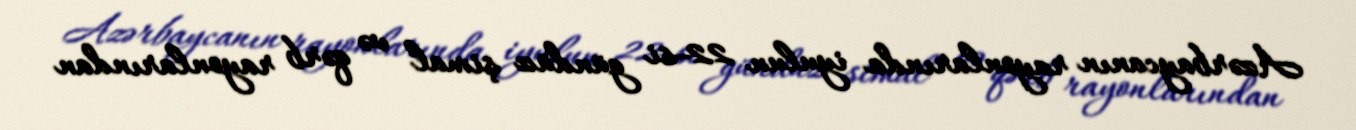
Azərbaycanın rayonlarında iyulun 22-si gündüz şimal və qərb rayonlarından